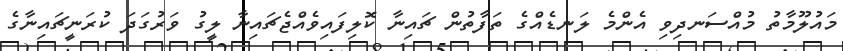
މައުލޫމާތު މުއްސަނދިވި އެންމެ ލަނޑެއްގެ ތަފާތުން ޗައިނާ ކޮލިފައިވެއްޖެޗައިނާ ލީގު ވަރުގަދަ ކުރަނީޗައިނާގެ